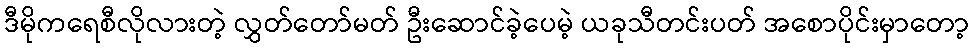
ဒီမိုကရေစီလိုလားတဲ့ လွှတ်တော်မတ် ဦးဆောင်ခဲ့ပေမဲ့ ယခုသီတင်းပတ် အစောပိုင်းမှာတော့